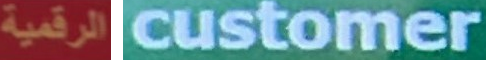
الرقمية customer